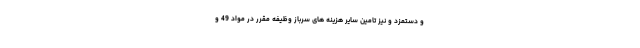
و دستمزد و نیز تامین سایر هزینه های سرباز وظیفه مقرر در مواد 49 و